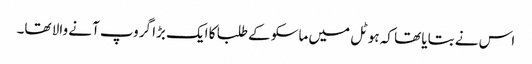
اس نے بتایا تھا کہ ہوٹل میں ماسکو کے طلبا کا ایک بڑا گروپ آنے والا تھا۔